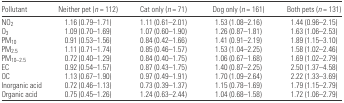
<table><thead><tr><td><b>Pollutant</b></td><td><b>Neither pet (<i>n</i> = 112)</b></td><td><b>Cat only (<i>n</i> = 71)</b></td><td><b>Dog only (<i>n</i> = 161)</b></td><td><b>Both pets (<i>n</i> = 131)</b></td></tr></thead><tbody><tr><td>NO<sub>2</sub></td><td>1.16 (0.79–1.71)</td><td>1.11 (0.61–2.01)</td><td>1.53 (1.08–2.16)</td><td>1.44 (0.96–2.15)</td></tr><tr><td>O<sub>3</sub></td><td>1.09 (0.70–1.69)</td><td>1.07 (0.60–1.90)</td><td>1.26 (0.87–1.81)</td><td>1.63 (1.06–2.53)</td></tr><tr><td>PM<sub>10</sub></td><td>0.91 (0.53–1.56)</td><td>0.84 (0.42–1.66)</td><td>1.41 (0.91–2.19)</td><td>1.89 (1.15–3.10)</td></tr><tr><td>PM<sub>2.5</sub></td><td>1.11 (0.71–1.74)</td><td>0.85 (0.46–1.57)</td><td>1.53 (1.04–2.25)</td><td>1.58 (1.02–2.46)</td></tr><tr><td>PM<sub>10–2.5</sub></td><td>0.72 (0.40–1.29)</td><td>0.84 (0.40–1.75)</td><td>1.06 (0.67–1.68)</td><td>1.69 (1.02–2.79)</td></tr><tr><td>EC</td><td>0.92 (0.54–1.57)</td><td>0.87 (0.43–1.75)</td><td>1.40 (0.87–2.25)</td><td>2.50 (1.37–4.58)</td></tr><tr><td>OC</td><td>1.13 (0.67–1.90)</td><td>0.97 (0.49–1.91)</td><td>1.70 (1.09–2.64)</td><td>2.22 (1.33–3.69)</td></tr><tr><td>Inorganic acid</td><td>0.72 (0.46–1.13)</td><td>0.73 (0.39–1.37)</td><td>1.15 (0.78–1.69)</td><td>1.79 (1.15–2.79)</td></tr><tr><td>Organic acid</td><td>0.75 (0.45–1.26)</td><td>1.24 (0.63–2.44)</td><td>1.04 (0.68–1.58)</td><td>1.72 (1.06–2.79)</td></tr></tbody></table>